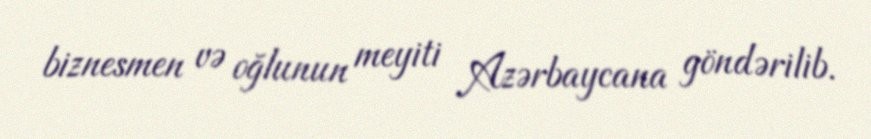
biznesmen və oğlunun meyiti Azərbaycana göndərilib.